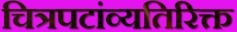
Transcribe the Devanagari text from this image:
चित्रपटांव्यतिरिक्त